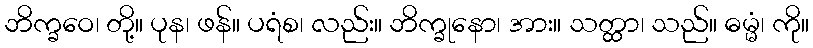
ဘိက္ခဝေ၊ တို့။ ပုန၊ ဖန်။ ပရံစ၊ လည်း။ ဘိက္ခုနော၊ အား။ သတ္ထာ၊ သည်။ ဓမ္မံ၊ ကို။